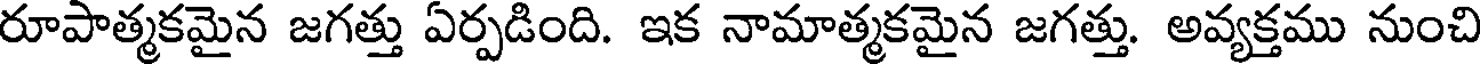
రూపాత్మకమైన జగత్తు ఏర్పడింది. ఇక నామాత్మకమైన జగత్తు. అవ్యక్తము నుంచి